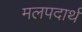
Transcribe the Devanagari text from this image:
मलपदार्थ